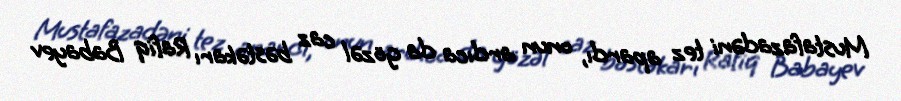
Mustafazadəni tez apardı, onun ardıca da gözəl caz bəstəkarı Rafiq Babayev